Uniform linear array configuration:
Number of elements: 16
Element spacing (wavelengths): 1
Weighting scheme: hamming
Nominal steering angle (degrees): -30
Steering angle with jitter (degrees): -30.587
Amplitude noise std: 0.05
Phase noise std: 0.05

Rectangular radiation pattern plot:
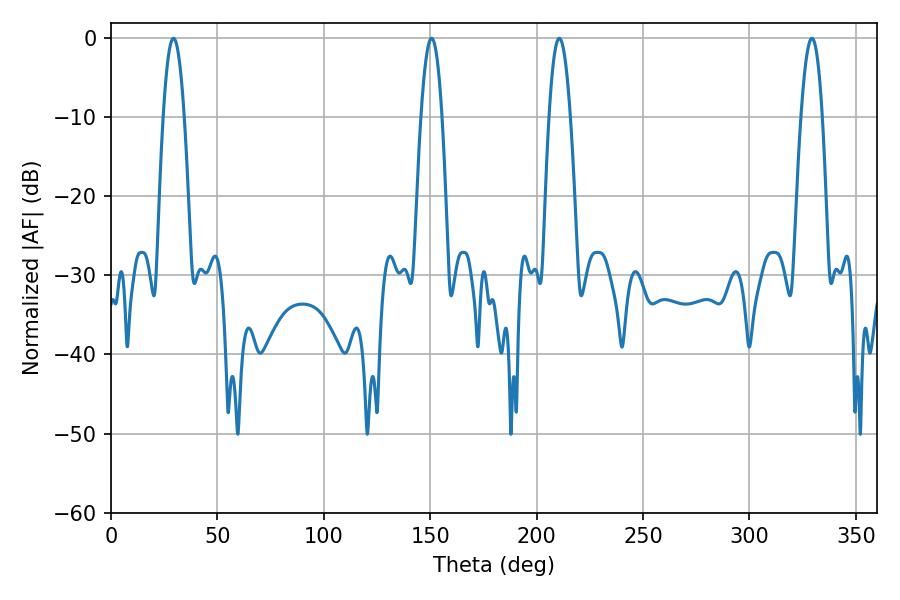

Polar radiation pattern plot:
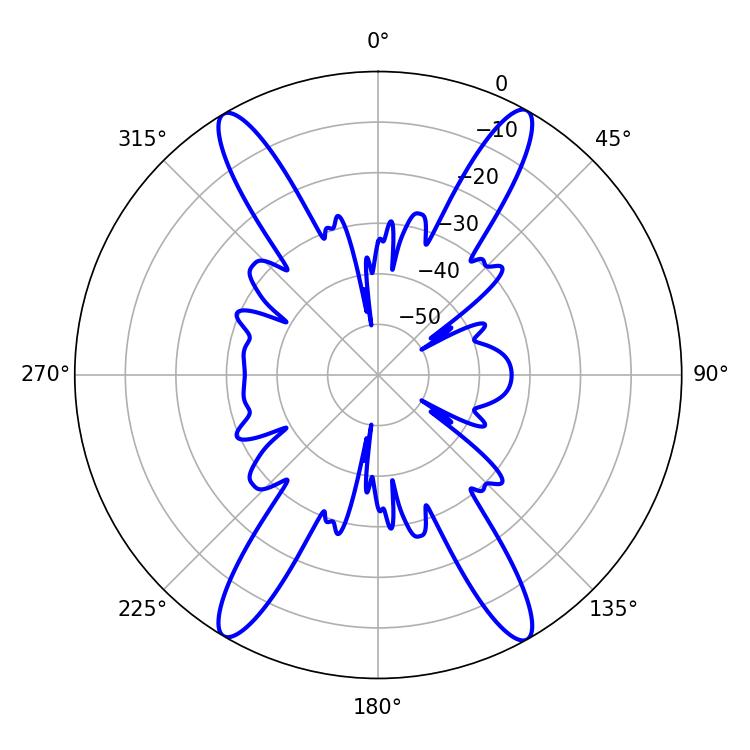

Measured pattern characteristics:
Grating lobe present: TRUE
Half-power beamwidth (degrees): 5.4
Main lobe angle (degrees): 29.34